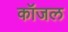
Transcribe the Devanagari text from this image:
कॉजल